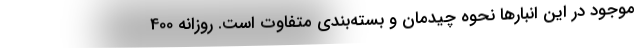
موجود در این انبار‌ها نحوه چیدمان و بسته‌بندی متفاوت است. روزانه 400